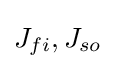
J_{fi},J_{so}